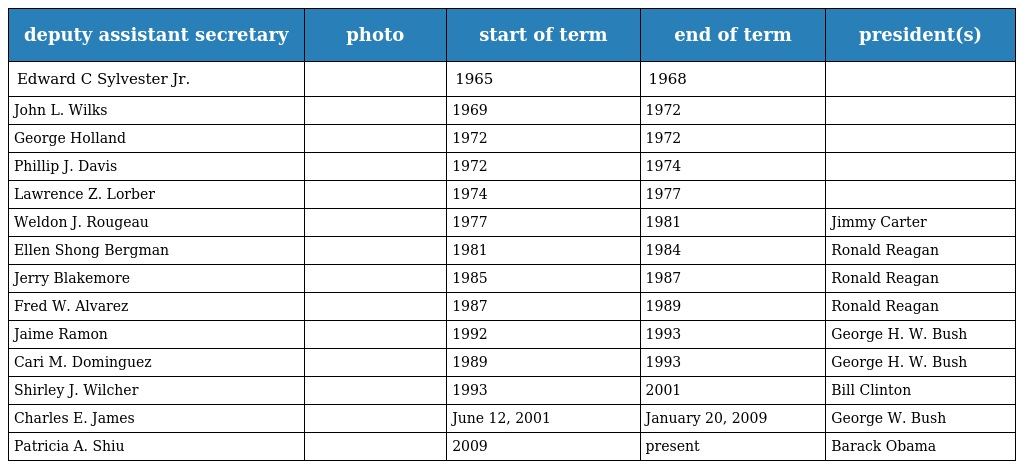
| deputy assistant secretary | photo | start of term | end of term | president(s) |
 | --- | --- | --- | --- | --- |
 | Edward C Sylvester Jr. |  | 1965 | 1968 |  |
 | John L. Wilks |  | 1969 | 1972 |  |
 | George Holland |  | 1972 | 1972 |  |
 | Phillip J. Davis |  | 1972 | 1974 |  |
 | Lawrence Z. Lorber |  | 1974 | 1977 |  |
 | Weldon J. Rougeau |  | 1977 | 1981 | Jimmy Carter |
 | Ellen Shong Bergman |  | 1981 | 1984 | Ronald Reagan |
 | Jerry Blakemore |  | 1985 | 1987 | Ronald Reagan |
 | Fred W. Alvarez |  | 1987 | 1989 | Ronald Reagan |
 | Jaime Ramon |  | 1992 | 1993 | George H. W. Bush |
 | Cari M. Dominguez |  | 1989 | 1993 | George H. W. Bush |
 | Shirley J. Wilcher |  | 1993 | 2001 | Bill Clinton |
 | Charles E. James |  | June 12, 2001 | January 20, 2009 | George W. Bush |
 | Patricia A. Shiu |  | 2009 | present | Barack Obama |